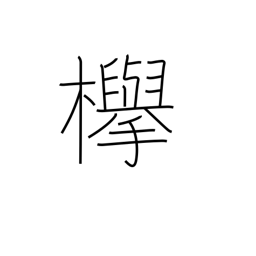
Meaning: keyaki